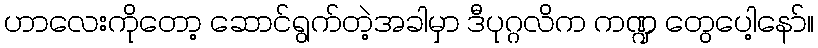
ဟာလေးကိုတော့ ဆောင်ရွက်တဲ့အခါမှာ ဒီပုဂ္ဂလိက ကဏ္ဍ တွေပေါ့နော်။